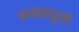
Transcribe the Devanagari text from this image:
रसादृते